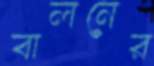
বালনের